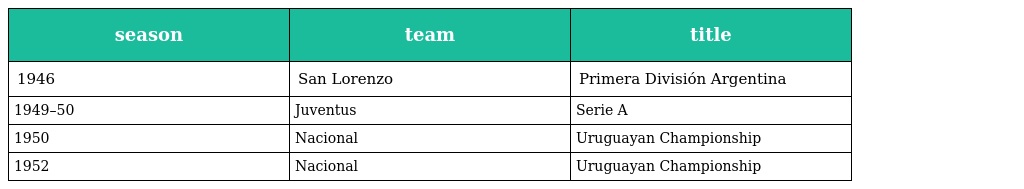
| season | team | title |
 | --- | --- | --- |
 | 1946 | San Lorenzo | Primera División Argentina |
 | 1949–50 | Juventus | Serie A |
 | 1950 | Nacional | Uruguayan Championship |
 | 1952 | Nacional | Uruguayan Championship |